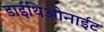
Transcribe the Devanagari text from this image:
डाईथिओनाईट